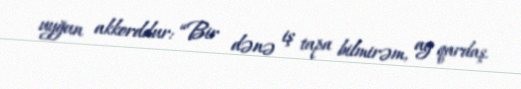
uyğun akkorddur: “Bir dənə iş tapa bilmirəm, ay qardaş.